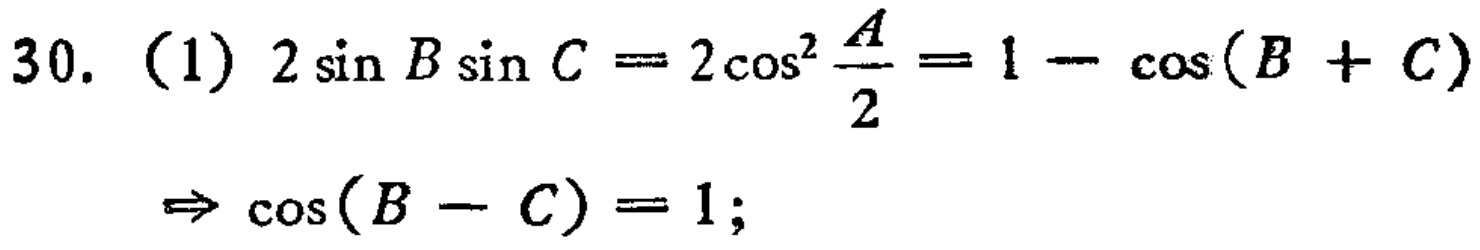
\[
\begin{align*}
30.\ (1)\ 2\sin B\sin C&=2\cos^{2}\frac{A}{2}=1 - \cos(B + C)\\
\Rightarrow\cos(B - C)&=1;
\end{align*}
\]